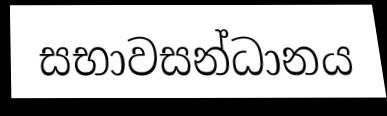
සභාවසන්ධානය